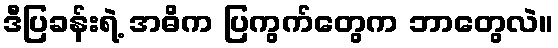
ဒီပြခန်းရဲ့ အဓိက ပြကွက်တွေက ဘာတွေလဲ။